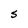
Character: S